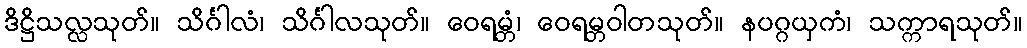
ဒိဋ္ဌိသလ္လသုတ်။ သိင်္ဂါလံ၊ သိင်္ဂါလသုတ်။ ဝေရမ္ဘံ၊ ဝေရမ္ဘဝါတသုတ်။ နပဂ္ဂယှကံ၊ သက္ကာရသုတ်။